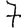
Digit: 7